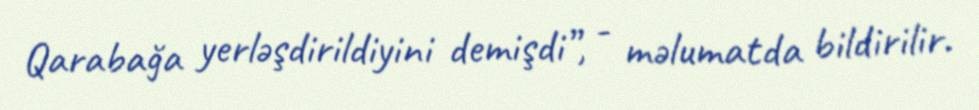
Qarabağa yerləşdirildiyini demişdi”, - məlumatda bildirilir.